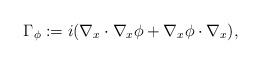
LaTeX: \begin{align*}\Gamma_{\phi} : = i (\nabla_x \cdot \nabla_x \phi + \nabla_x \phi \cdot \nabla_x) , \end{align*}